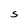
Character: S